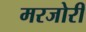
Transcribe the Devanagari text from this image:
मरजोरी